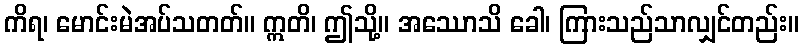
ကိရ၊ မောင်းမဲအပ်သတတ်။ ဣတိ၊ ဤသို့။ အဿောသိ ခေါ၊ ကြားသည်သာလျှင်တည်း။